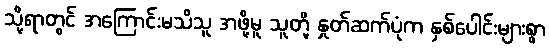
သို့ရာတွင် အကြောင်းမသိသူ အဖို့မူ သူတို့ နှုတ်ဆက်ပုံက နှစ်ပေါင်းများစွာ